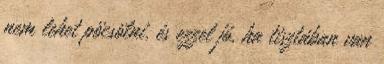
nem lehet pöcsölni, és ezzel jó, ha tisztában van